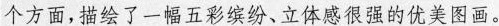
个方面,描绘了一幅五彩缤、立体感很强的优美图画]